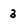
Character: 3